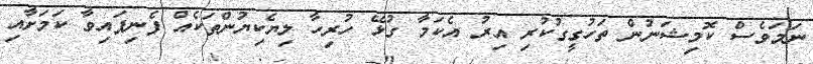
ނަމަވެސް ކޮމިޝަނުން ތަހުގީގުކުރި އިރު އެކަމާ ގުޅޭ ހުރިހާ ލިޔެކިޔުންތަކެއް ފެނިފައިވާ ކަމަށާއި